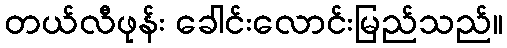
တယ်လီဖုန်း ခေါင်းလောင်းမြည်သည်။